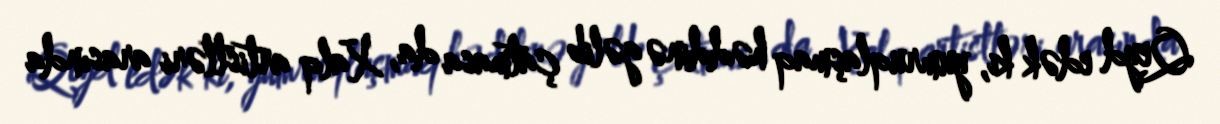
Qeyd edək ki, yumruqlaşmaq həddinə gəlib çatmasa da, Xalq artistləri arasında